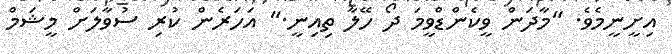
އިށީނީމެވެ. "މާދަން ވީކެންޑްވީމަ ދޯ ހޭލާ ތިއިނީ." އަހަރެން ކުރި ސުވާލަށް މީޝަމް